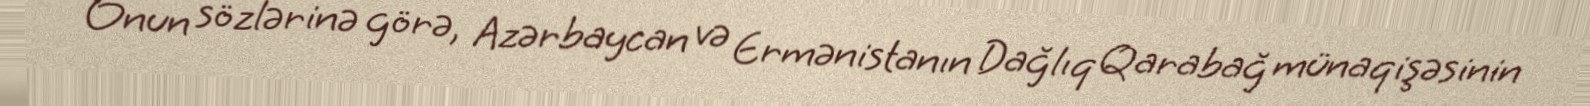
Onun sözlərinə görə, Azərbaycan və Ermənistanın Dağlıq Qarabağ münaqişəsinin